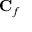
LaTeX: \mathbf { C } _ { f }